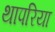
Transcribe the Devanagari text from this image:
थापरिया